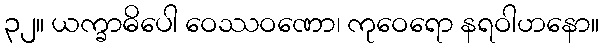
၃၂။ ယက္ခာဓိပေါ ဝေဿဝဏော၊ ကုဝေရော နရဝါဟနော။